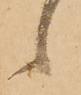
候